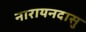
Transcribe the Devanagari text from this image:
नारायनदासु